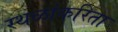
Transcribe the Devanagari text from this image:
स्थळांकरिता